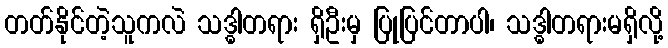
တတ်နိုင်တဲ့သူကလဲ သဒ္ဓါတရား ရှိဦးမှ ပြုပြင်တာပါ၊ သဒ္ဓါတရားမရှိလို့